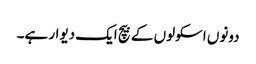
دونوں اسکولوں کے بیچ ایک دیوار ہے۔